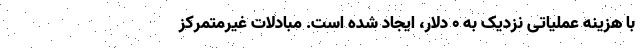
با هزینه عملیاتی نزدیک به ۰ دلار، ایجاد شده است. مبادلات غیرمتمرکز